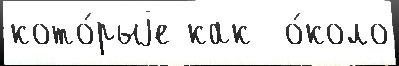
кото́рыjе как  о́коло